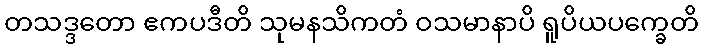
တသဒ္ဒတော ဧကပဒီတိ သုမနသိကတံ ဝသမာနာပိ ရူပိယပက္ခေတိ